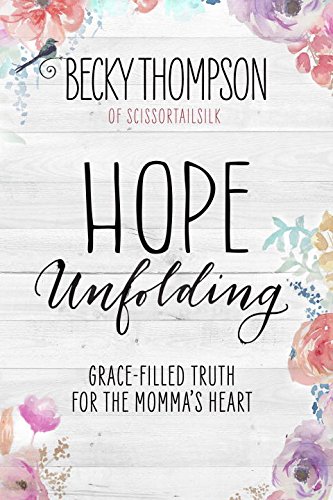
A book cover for Hope Unfolding: Grace-Filled Truth for the Momma's Heart; Becky Thompson; Parenting & Relationships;